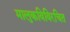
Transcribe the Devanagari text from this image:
मालुकविविरचित